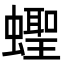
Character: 蟶